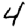
Digit: 4